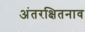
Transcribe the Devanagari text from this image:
अंतरक्षितनाव